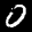
Label: 0